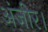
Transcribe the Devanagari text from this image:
अंजीर।